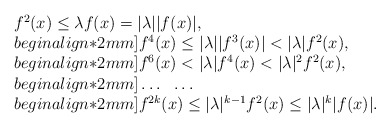
\begin{align*}\begin{array}{lllll}f^2(x)\leq \lambda f(x)=|\lambda||f(x)|,\\begin{align*}2mm]f^4(x)\leq |\lambda||f^3(x)|<|\lambda|f^2(x),\\begin{align*}2mm]f^6(x)<|\lambda|f^4(x)<|\lambda|^2f^2(x),\\begin{align*}2mm]\dots\ \ \dots\\begin{align*}2mm]f^{2k}(x)\leq |\lambda|^{k-1}f^2(x)\leq |\lambda|^k|f(x)|.\end{array}\end{align*}